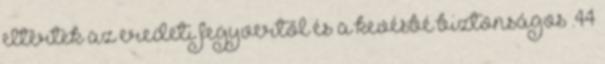
eltértek az eredeti fegyvertől és a kevésbé biztonságos .44